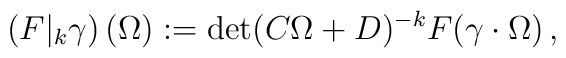
\left( F\vert_k    \gamma\right)(\Omega):=\det(C\Omega+D)^{-k}F(\gamma\cdot\Omega)\,,